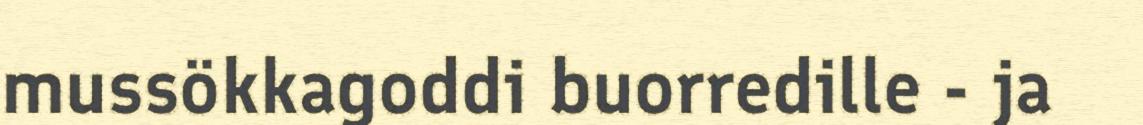
mussökkagoddi buorredille - ja